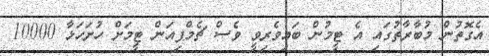
އެގޮތުން މުބާރާތުގައި އެ ޓީމުން ބައިވެރިވީ ވެސް ޗެމްޕިއަން ޓީމަށް ހުށަހަޅާ 10000